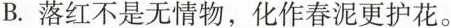
B.落红不是无情物，化作春泥更护花。